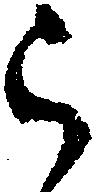
ら